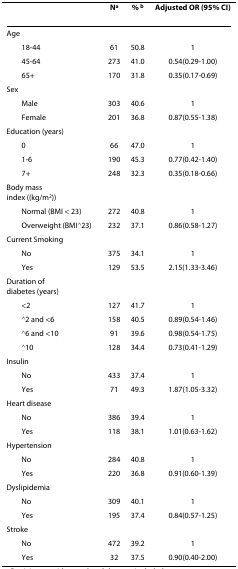
<table><thead><tr><td></td><td><b>N<sup>a</sup></b></td><td><b>% <sup>b</sup></b></td><td><b>Adjusted OR (95% CI)</b></td></tr></thead><tbody><tr><td>Age</td><td></td><td></td><td></td></tr><tr><td> 18-44</td><td>61</td><td>50.8</td><td>1</td></tr><tr><td> 45-64</td><td>273</td><td>41.0</td><td>0.54(0.29-1.00)</td></tr><tr><td> 65+</td><td>170</td><td>31.8</td><td>0.35(0.17-0.69)</td></tr><tr><td>Sex</td><td></td><td></td><td></td></tr><tr><td> Male</td><td>303</td><td>40.6</td><td>1</td></tr><tr><td> Female</td><td>201</td><td>36.8</td><td>0.87(0.55-1.38)</td></tr><tr><td>Education (years)</td><td></td><td></td><td></td></tr><tr><td> 0</td><td>66</td><td>47.0</td><td>1</td></tr><tr><td> 1-6</td><td>190</td><td>45.3</td><td>0.77(0.42-1.40)</td></tr><tr><td> 7+</td><td>248</td><td>32.3</td><td>0.35(0.18-0.66)</td></tr><tr><td>Body mass index ((kg/m<sup>2</sup>))</td><td></td><td></td><td></td></tr><tr><td> Normal (BMI &lt; 23)</td><td>272</td><td>40.8</td><td>1</td></tr><tr><td> Overweight (BMI≧23)</td><td>232</td><td>37.1</td><td>0.86(0.58-1.27)</td></tr><tr><td>Current Smoking</td><td></td><td></td><td></td></tr><tr><td> No</td><td>375</td><td>34.1</td><td>1</td></tr><tr><td> Yes</td><td>129</td><td>53.5</td><td>2.15(1.33-3.46)</td></tr><tr><td>Duration of diabetes (years)</td><td></td><td></td><td></td></tr><tr><td> &lt;2</td><td>127</td><td>41.7</td><td>1</td></tr><tr><td> ≧2 and &lt;6</td><td>158</td><td>40.5</td><td>0.89(0.54-1.46)</td></tr><tr><td> ≧6 and &lt;10</td><td>91</td><td>39.6</td><td>0.98(0.54-1.75)</td></tr><tr><td> ≧10</td><td>128</td><td>34.4</td><td>0.73(0.41-1.29)</td></tr><tr><td>Insulin</td><td></td><td></td><td></td></tr><tr><td> No</td><td>433</td><td>37.4</td><td>1</td></tr><tr><td> Yes</td><td>71</td><td>49.3</td><td>1.87(1.05-3.32)</td></tr><tr><td>Heart disease</td><td></td><td></td><td></td></tr><tr><td> No</td><td>386</td><td>39.4</td><td>1</td></tr><tr><td> Yes</td><td>118</td><td>38.1</td><td>1.01(0.63-1.62)</td></tr><tr><td>Hypertension</td><td></td><td></td><td></td></tr><tr><td> No</td><td>284</td><td>40.8</td><td>1</td></tr><tr><td> Yes</td><td>220</td><td>36.8</td><td>0.91(0.60-1.39)</td></tr><tr><td>Dyslipidemia</td><td></td><td></td><td></td></tr><tr><td> No</td><td>309</td><td>40.1</td><td>1</td></tr><tr><td> Yes</td><td>195</td><td>37.4</td><td>0.84(0.57-1.25)</td></tr><tr><td>Stroke</td><td></td><td></td><td></td></tr><tr><td> No</td><td>472</td><td>39.2</td><td>1</td></tr><tr><td> Yes</td><td>32</td><td>37.5</td><td>0.90(0.40-2.00)</td></tr></tbody></table>